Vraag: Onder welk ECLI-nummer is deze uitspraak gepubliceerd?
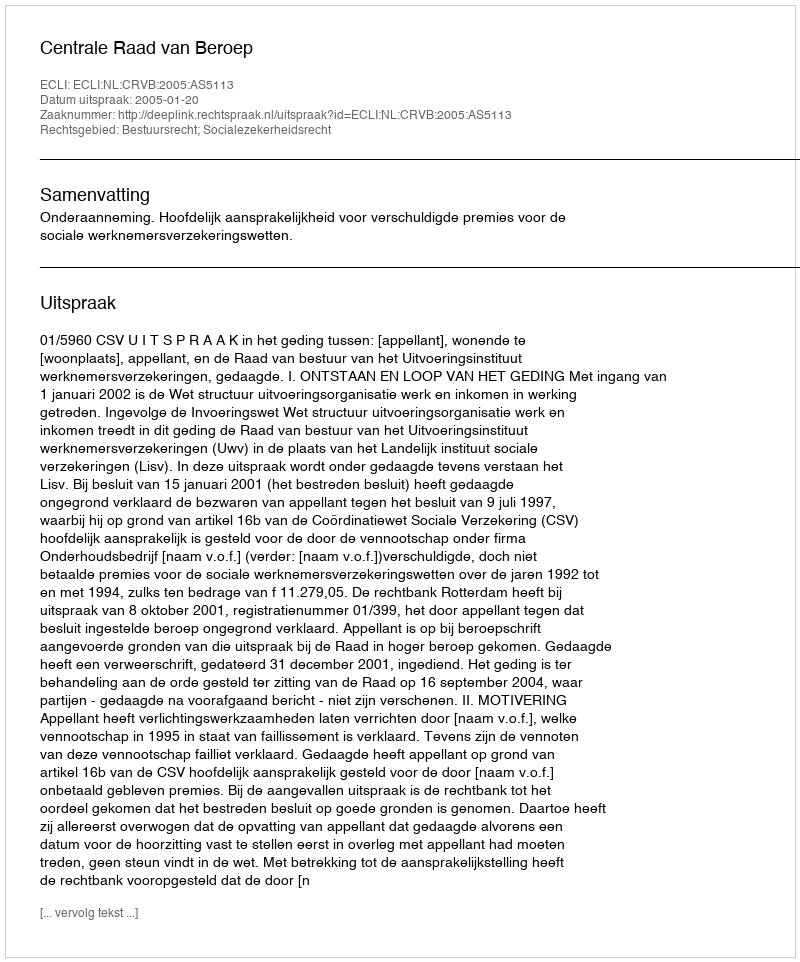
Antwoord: ECLI:NL:CRVB:2005:AS5113